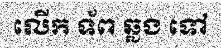
លើក ទ័ព ឆ្លង ទៅ